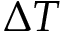
\Delta T